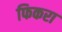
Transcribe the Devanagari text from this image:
फिकरा